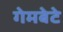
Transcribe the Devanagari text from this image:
गेमबेटे